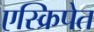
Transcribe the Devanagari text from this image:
एस्क्रिपेत